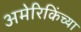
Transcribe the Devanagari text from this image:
अमेरिकिंच्या